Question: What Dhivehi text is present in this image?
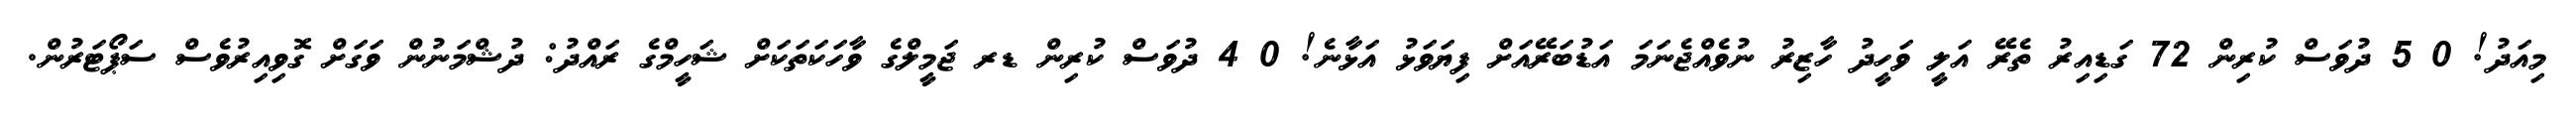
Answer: މިއަދު! 0 5 ދުވަސް ކުރިން 72 ގަޑިއިރު ތެރޭ އަލީ ވަހީދު ހާޒިރު ނުވެއްޖެނަމަ އަޑުބަރޭއަށް ފިޔަވަޅު އަޅާނެ! 0 4 ދުވަސް ކުރިން ޑރ ޖަމީލްގެ ވާހަކަތަކަށް ޝަހީމްގެ ރައްދު: ދުޝްމަނުން ވަގަށް ގޮވިއިރުވެސް ސަޕޯޓަރުން.